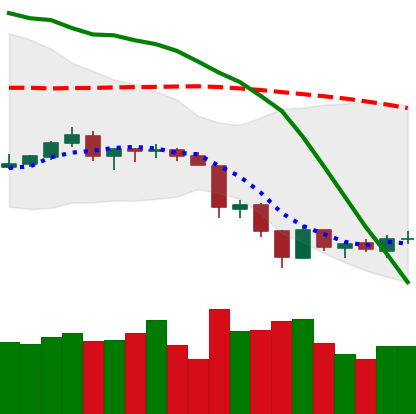
Ticker: LTC-USD
Chart end date: 2018-06-19
Forward return: -18.273%
Label: down_7plus